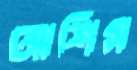
আশিস